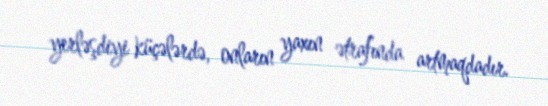
yerləşdiyi küçələrdə, onların yaxın ətrafında artmaqdadır.